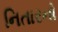
નિતારનો